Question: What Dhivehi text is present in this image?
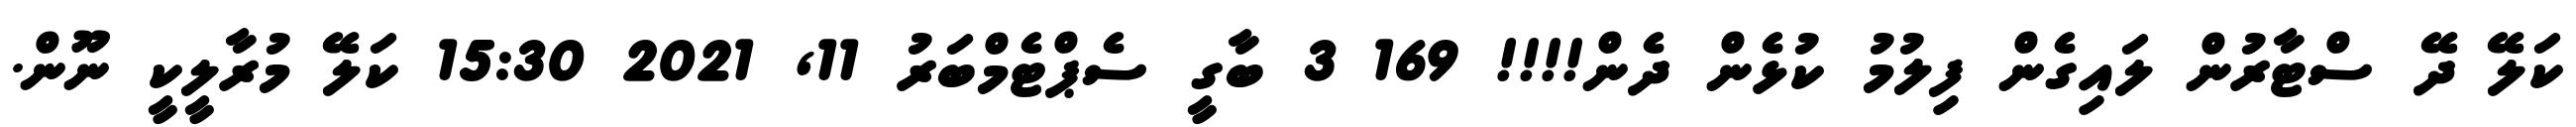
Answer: ކަލޭ ދޭ ސްޓާރުން ލައިގެން ފިލުމު ކުޅެން ދެން!!!! 169 3 ބާގީ ސެޕްޓެމްބަރު 11, 2021 15:30 ކަލޭ މުރާލީކީ ނޫން.